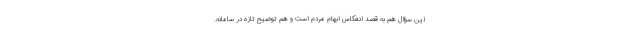
این سؤال هم به قصد انعکاس ابهام مردم است و هم توضیح تازه در سامانه.